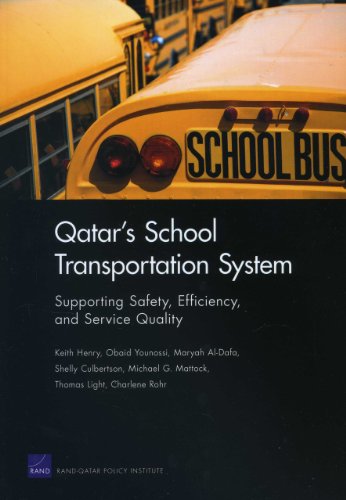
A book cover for Qatar's School Transportation System: Supporting Safety, Efficiency, and Service Quality (Rand Corporation Monograph); Keith Henry; History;